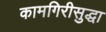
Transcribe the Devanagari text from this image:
कामगिरीसुद्धा